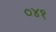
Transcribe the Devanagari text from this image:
०४१